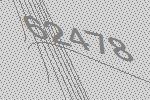
62478